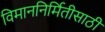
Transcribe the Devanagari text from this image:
विमाननिर्मितीसाठी